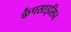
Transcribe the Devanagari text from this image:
कैपसाइसिन